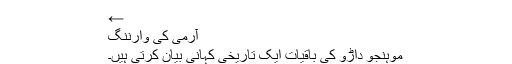
←
آرمی کی وارننگ
موہنجو داڑو کی باقیات ایک تاریخی کہانی بیان کرتی ہیں۔